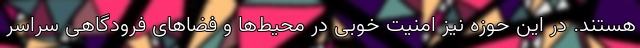
هستند. در این حوزه نیز امنیت خوبی در محیط‌ها و فضاهای فرودگاهی سراسر